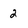
Character: 2